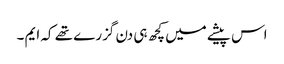
اس پیشے میں کچھ ہی دن گزرے تھے کہ ایم ۔